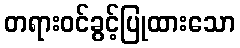
တရားဝင်ခွင့်ပြုထားသော